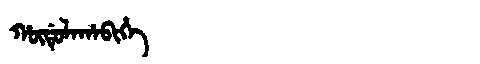
Manchu: ᡥᡡᡩᡠᠯᠠᡥᠠᠪᡳᡥᡝ
Romanization: HŪDULAHABIHE